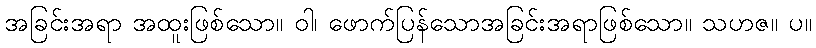
အခြင်းအရာ အထူးဖြစ်သော။ ဝါ၊ ဖောက်ပြန်သောအခြင်းအရာဖြစ်သော။ သဟဇ။ ပ။